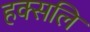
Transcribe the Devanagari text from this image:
हक्सलि